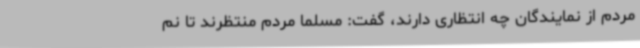
مردم از نمایندگان چه انتظاری دارند، گفت: مسلما مردم منتظرند تا نم